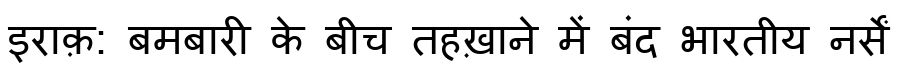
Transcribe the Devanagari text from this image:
इराक़: बमबारी के बीच तहख़ाने में बंद भारतीय नर्सें